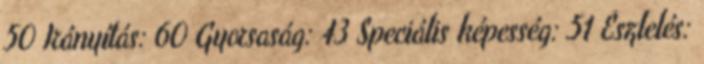
50 Irányítás: 60 Gyorsaság: 43 Speciális képesség: 51 Észlelés: